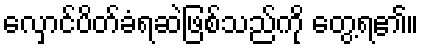
လှောင်ပိတ်ခံရဆဲဖြစ်သည်ကို တွေ့ရ၏။